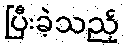
ပြီးခဲ့သည့်